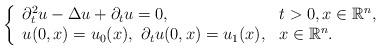
LaTeX: \begin{align*} \left\{ \begin{array}{ll} \partial_t^2 u - \Delta u + \partial_t u = 0, &t>0, x \in \mathbb{R}^n, \\ u(0,x) = u_0(x), \ \partial_t u(0,x) = u_1(x), &x \in \mathbb{R}^n. \end{array} \right.\end{align*}